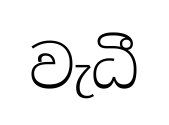
වැධී